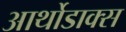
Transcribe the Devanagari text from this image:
आर्थोडाक्स